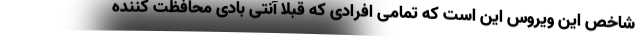
شاخص این ویروس این است که تمامی افرادی که قبلاً آنتی بادی محافظت کننده